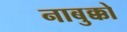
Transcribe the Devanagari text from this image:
नाबुक्को